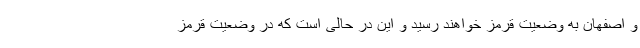
و اصفهان به وضعیت قرمز خواهند رسید و این در حالی است که در وضعیت قرمز